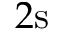
2 \mathrm { s }